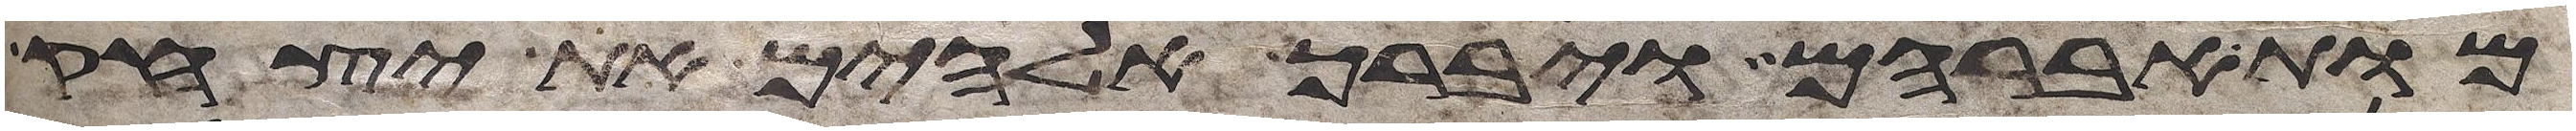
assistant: מות אברהם ויברך אלהים את יצחק